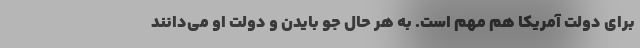
برای دولت آمریکا هم مهم است. به هر حال جو بایدن و دولت او می‌دانند